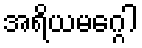
အရိယမဂ္ဂေါ